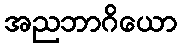
အညဘာဂိယော